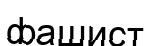
фашист